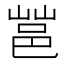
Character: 𰻩